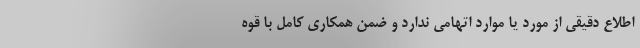
اطلاع دقیقی از مورد یا موارد اتهامی ندارد و ضمن همکاری کامل با قوه